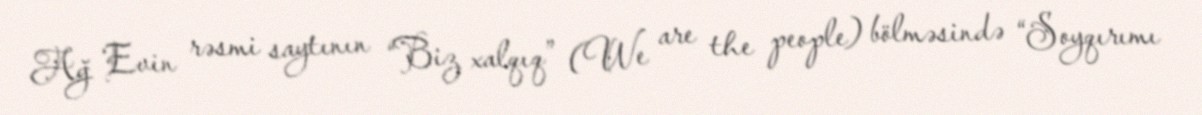
Ağ Evin rəsmi saytının “Biz xalqıq” (We are the people) bölməsində “Soyqırımı